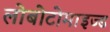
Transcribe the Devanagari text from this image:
लोबोटोमाइज्ड